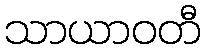
သာယာဝတီ